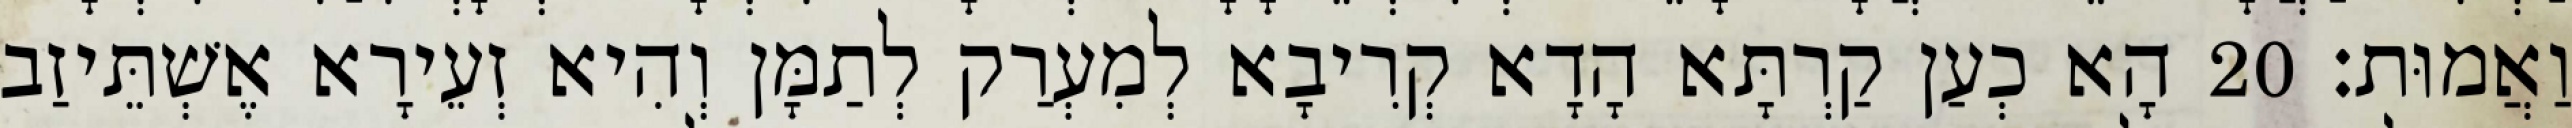
וַאֲמוּת׃ 20 הָא כְעַן קַרְתָּא הָדָא קְרִיבָא לְמִעְרַק לְתַמָּן וְהִיא זְעֵירָא אֶשְׁתֵּיזַב